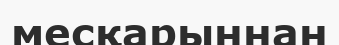
месқарыннан